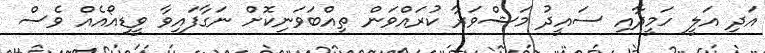
އަދި އަލީ ހަމީދާއި ސައީދު މަޝްވަރާ ކުރައްވަން ތިއްބަވަނިކޮށް ނަގާފައިވާ ވީޑިއޯއެއް ވެސް